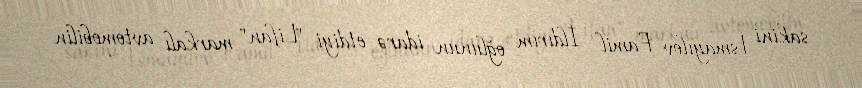
sakini İsmayılov Famil İldırım oğlunun idarə etdiyi "Lifan" markalı avtomobilin